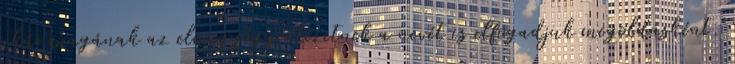
akár magának az elmegyógyintézetnek a nevét is elfogadjuk megoldásként.